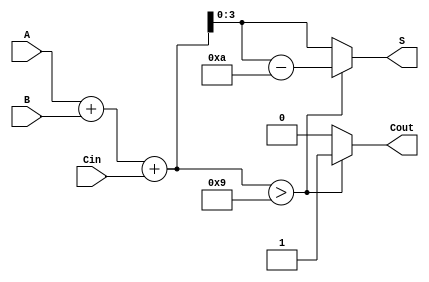
module BCD_Hybrid_Adder (
    input  wire [3:0] A,      // First BCD digit
    input  wire [3:0] B,      // Second BCD digit
    input  wire Cin,          // Carry input
    output reg  [3:0] S,      // BCD result
    output reg  Cout          // Carry output
);

    // Intermediate signal to hold the binary sum
    wire [4:0] Sum;

    // Perform binary addition of A, B, and Cin
    assign Sum = A + B + Cin;

    always @(*) begin
        // Default output values
        S = 4'b0000;
        Cout = 1'b0;

        // Check if the sum exceeds the BCD range
        if (Sum > 9) begin
            // If Sum is greater than 9, add 6 for BCD correction
            S = Sum - 10; // Adjust to valid BCD
            Cout = 1'b1;  // Set carry out
        end else begin
            // If Sum is valid BCD
            S = Sum[3:0]; // Assign the lower 4 bits as result
        end
    end

endmodule